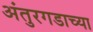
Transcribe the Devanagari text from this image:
अंतुरगडाच्या